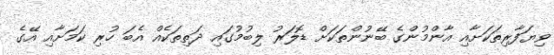
ވިޔަފާރިތަކަށާއި އާންމުންގެ ބޭނުންތަކަށް ޑޮލަރު ލިބުމުގައި ދަތިތަކެއް އެބަ ހުރި ކަމަށާއި އޭގެ